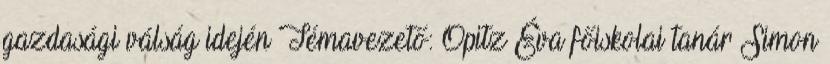
gazdasági válság idején Témavezető: Opitz Éva főiskolai tanár Simon